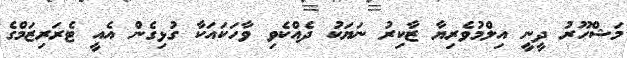
މަޝްހޫރު ދީނީ އިލްމުވެރިޔާ ޒާކިރު ނަޔަކު ދެއްކެވި ވާހަކައަކާ ގުޅިގެން އެއީ ޓެރަރިޒަމްގެ